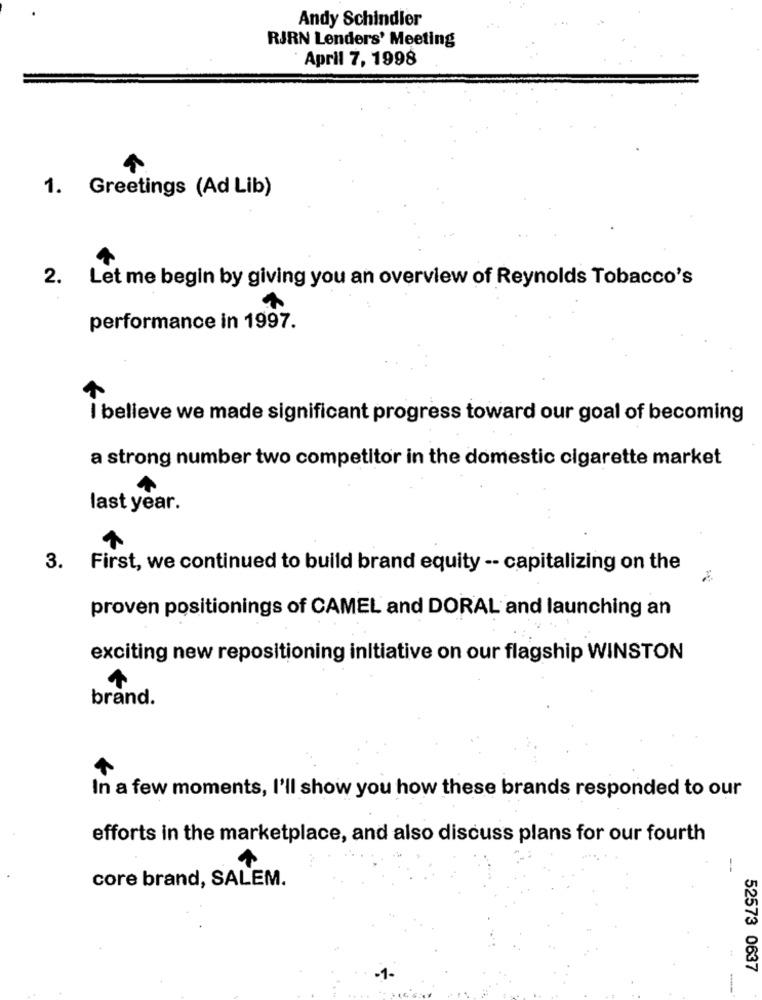
Andy Schindler
RJRN Lenders' Meeting
April 7, 1998
1. Greetings (Ad Lib)
2. Let me begin by giving you an overview of Reynolds Tobacco's
performance in 1997.
I believe we made significant progress toward our goal of becoming
a strong number two competitor in the domestic cigarette market
last year.
3. First, we continued to build brand equity -- capitalizing on the
proven positionings of CAMEL and DORAL and launching an
exciting new repositioning initiative on our flagship WINSTON
brand.
In a few moments, I'll show you how these brands responded to our
efforts in the marketplace, and also discuss plans for our fourth
-
core brand, SALEM.
52573 0637